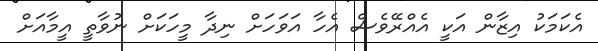
އެކަމަކު އިޒާން އަކީ އެއްރޭވެސް އެހާ އަވަހަށް ނިދާ މީހަކަށް ނުވާތީ އީމާއަށް